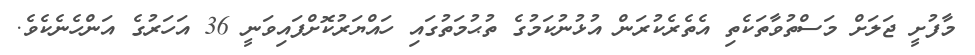
މާފުށީ ޖަލަށް މަސްތުވާތަކެތި އެތެރެކުރަން އުޅުނުކަމުގެ ތުޙުމަތުގައި ހައްޔަރުކޮށްފައިވަނީ 36 އަހަރުގެ އަންހެނެކެވެ.